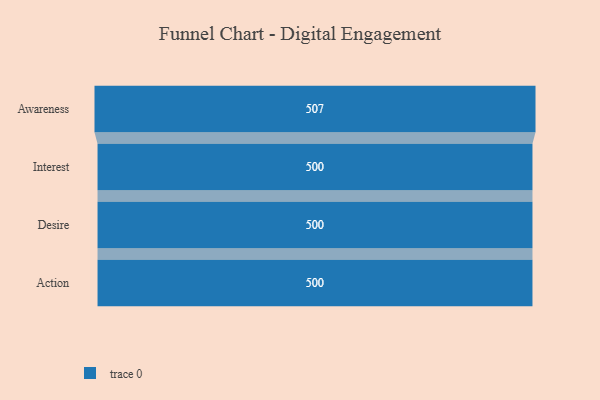
{"axis": {"x": "Stage", "y": "Value"}, "legend": [""], "data": [{"x": "Awareness", "y": 507.0, "type": ""}, {"x": "Interest", "y": 500, "type": ""}, {"x": "Desire", "y": 500, "type": ""}, {"x": "Action", "y": 500, "type": ""}]}